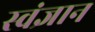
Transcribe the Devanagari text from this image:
स्वंज्ञान